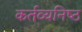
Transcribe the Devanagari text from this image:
कर्तव्‍यनिष्‍ठ